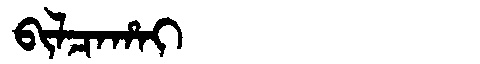
Manchu: ᠪᡳᠯᠴᠠᡥᠠᡳ
Romanization: BILCAHAI